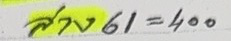
ล่าง 61 = 400